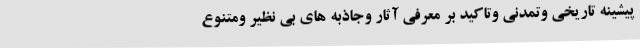
پیشینه تاریخی وتمدنی وتاکید بر معرفی آثار وجاذبه های بی نظیر ومتنوع